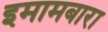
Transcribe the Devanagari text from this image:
इमामबारा